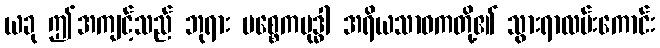
ယခု ဤအကျင့်သည် ဘုရား ပစ္စေကဗုဒ္ဓါ အရိယသာဝကတို့၏ သွားရာလမ်းကောင်း